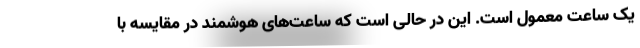
یک ساعت معمول است. این در حالی است که ساعت‌های هوشمند در مقایسه با